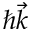
\hbar \vec { k }